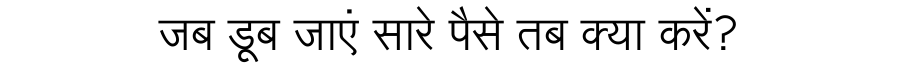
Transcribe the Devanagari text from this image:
जब डूब जाएं सारे पैसे तब क्या करें?